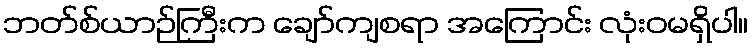
ဘတ်စ်ယာဉ်ကြီးက ချော်ကျစရာ အကြောင်း လုံးဝမရှိပါ။